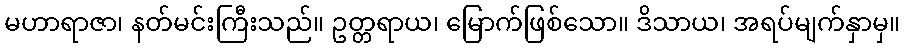
မဟာရာဇာ၊ နတ်မင်းကြီးသည်။ ဥတ္တရာယ၊ မြောက်ဖြစ်သော။ ဒိသာယ၊ အရပ်မျက်နှာမှ။